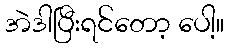
အဲဒါပြီးရင်တော့ ပေါ့။